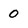
Character: 0